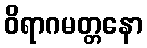
ဝိရာဂမတ္တနော